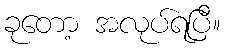
ခုတော့ အလုပ်ရပြီ။